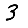
Digit: 3